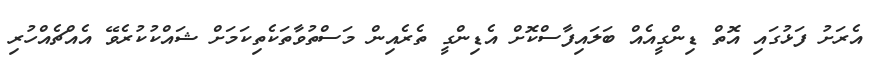
އެރަށު ފަޅުގައި އޮތް ޑިންގީއެއް ބަލައިފާސްކޮށް އެޑިންގީ ތެރެއިން މަސްތުވާތަކެތިކަމަށް ޝައްކުކުރެވޭ އެއްޗެއްހުރި